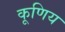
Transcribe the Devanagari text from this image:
कूणिय